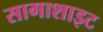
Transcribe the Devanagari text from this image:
सागाशाइट